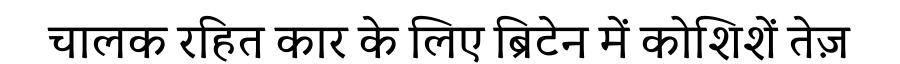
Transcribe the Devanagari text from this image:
चालक रहित कार के लिए ब्रिटेन में कोशिशें तेज़